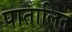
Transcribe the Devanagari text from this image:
पातालित